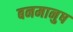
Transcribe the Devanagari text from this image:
बनमानुष